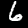
Label: 6